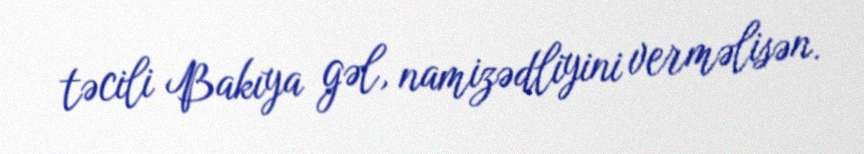
təcili Bakıya gəl, namizədliyini verməlisən.